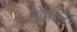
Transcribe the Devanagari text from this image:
नोबेल्स